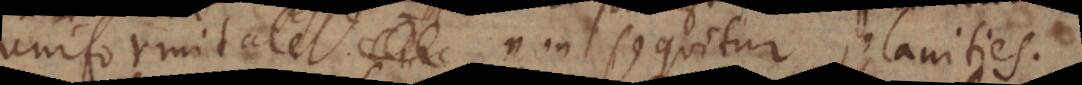
uniformitate non sequitur planities.